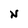
Character: N